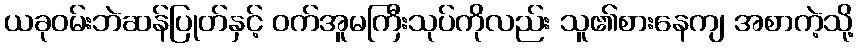
ယခုဝမ်းဘဲဆန်ပြုတ်နှင့် ဝက်အူမကြီးသုပ်ကိုလည်း သူ၏စားနေကျ အစာကဲ့သို့